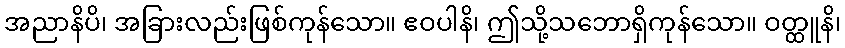
အညာနိပိ၊ အခြားလည်းဖြစ်ကုန်သော။ ဧဝပါနိ၊ ဤသို့သဘောရှိကုန်သော။ ဝတ္ထူနိ၊